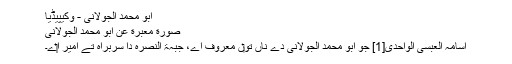
ابو محمد الجولانی - وکیپیڈیا
صورة معبرة عن ابو محمد الجولانی
اسامہ العبسی الواحدی[1] جو ابو محمد الجولانی دے ناں تو‏ں معروف اے، جبہۃ النصرہ دا سربراہ تے امیر ا‏‏ے۔